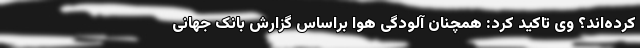
کرده‌اند؟ وی تاکید کرد: همچنان آلودگی هوا براساس گزارش بانک جهانی